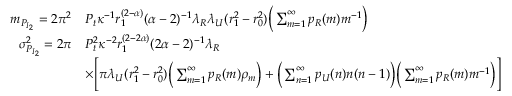
\begin{array} { r l } { m _ { P _ { I _ { 2 } } } = 2 \pi ^ { 2 } } & { P _ { t } \kappa ^ { - 1 } r _ { 1 } ^ { ( 2 - \alpha ) } ( \alpha - 2 ) ^ { - 1 } \lambda _ { R } \lambda _ { U } ( r _ { 1 } ^ { 2 } - r _ { 0 } ^ { 2 } ) \bigg ( \sum _ { m = 1 } ^ { \infty } p _ { R } ( m ) m ^ { - 1 } \bigg ) } \\ { \sigma _ { P _ { I _ { 2 } } } ^ { 2 } = 2 \pi } & { P _ { t } ^ { 2 } \kappa ^ { - 2 } r _ { 1 } ^ { ( 2 - 2 \alpha ) } ( 2 \alpha - 2 ) ^ { - 1 } \lambda _ { R } } \\ & { \times \Bigg [ \pi \lambda _ { U } ( r _ { 1 } ^ { 2 } - r _ { 0 } ^ { 2 } ) \bigg ( \sum _ { m = 1 } ^ { \infty } p _ { R } ( m ) \rho _ { m } \bigg ) + \bigg ( \sum _ { n = 1 } ^ { \infty } p _ { U } ( n ) n ( n - 1 ) \bigg ) \bigg ( \sum _ { m = 1 } ^ { \infty } p _ { R } ( m ) m ^ { - 1 } \bigg ) \Bigg ] } \end{array}